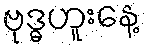
ဗုဒ္ဓဟူးနေ့